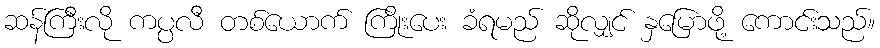
ဆန်ကြီးလို ကပ္ပလီ တစ်ယောက် ကြိုးပေး ခံရမည် ဆိုလျှင် နှမြောဖို့ ကောင်းသည်။